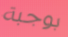
بوجبة